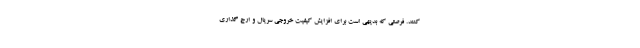
کنند. فرصتی که بدیهی است برای افزایش کیفیت خروجی سریال و ارج گذاری